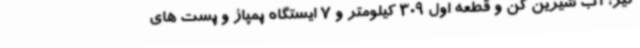
گیر، آب شیرین کن و قطعه اول 309 کیلومتر و 7 ایستگاه پمپاژ و پست های